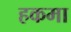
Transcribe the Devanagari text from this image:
हकमा